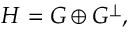
H = G \oplus G ^ { \perp } ,